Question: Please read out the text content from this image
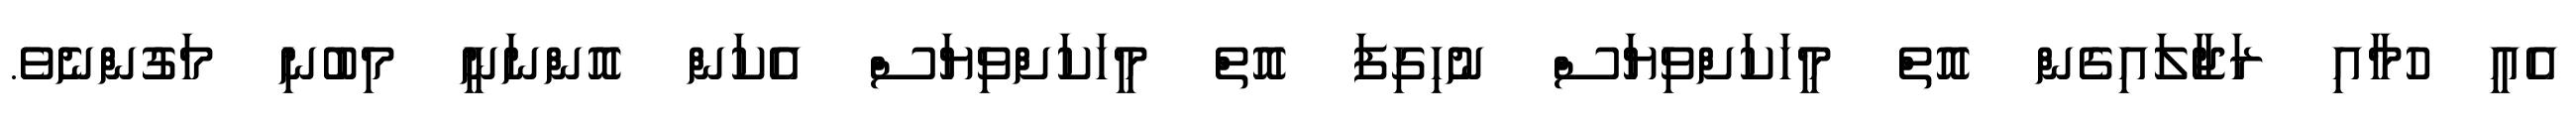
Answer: އެއީ ހުމާއި ރަޖާލައިގެން އޮތް މީހަކަށްވިޔަސް ނުހިގިފަ އޮތް މީހަކަށްވިޔަސް އެކަން އޮންނަނީ މިބުނި މަގުންނެވެ.